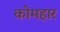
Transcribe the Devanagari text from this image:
कोमहार